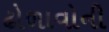
ઢોળાવોની